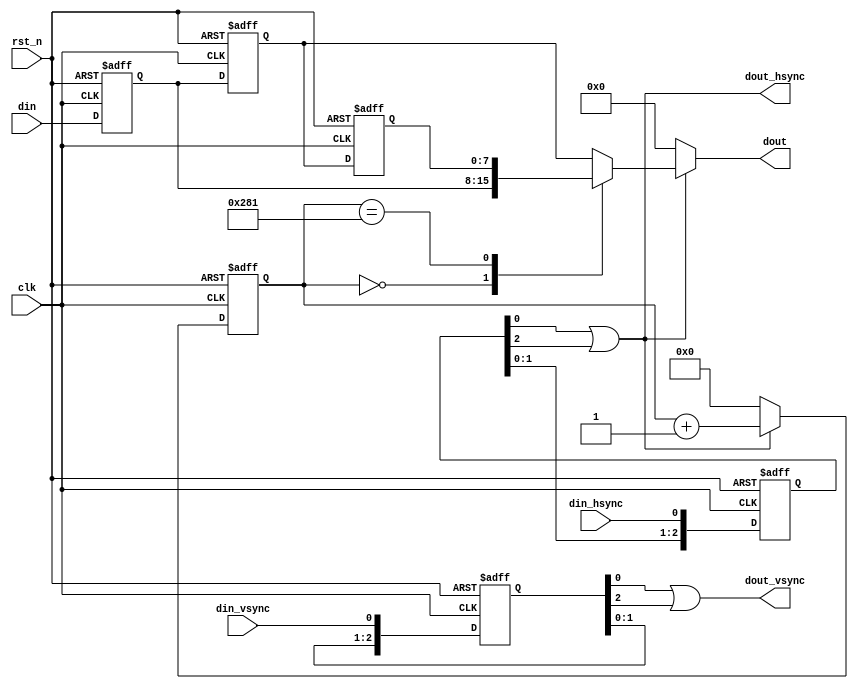
module bound_left_right_add(
	// 系统信号
	clk					,	// 时钟（clock）
	rst_n				,	// 复位（reset）
	
	// 输入信号
	din_vsync			,	// 输入数据场有效信号
	din_hsync			,	// 输入数据行有效信号
	din					,	// 输入数据（与 输入数据行有效信号 同步）
	
	// 输出信号
	dout_vsync			,	// 输出数据场有效信号（左右对齐，即场后肩、场前肩不变）
	dout_hsync			,	// 输出数据行有效信号（左对齐，即在行有效期右边扩充列）
	dout				 	// 输出数据（与 输出数据行有效信号 同步）
	);
	
	
	// *******************************************参数声明***************************************
	// 核参数
	parameter	KSZ				=	'd3					;	// 核尺寸（正方形核的边长）（kernel size）（可选择3,5,7）
	
	// 视频数据流参数
	parameter	DW				=	'd8					;	// 输入数据位宽
	parameter	IW				=	'd640				;	// 输入图像宽（image width）
	// ******************************************************************************************
	
	
	// *******************************************端口声明***************************************
	// 系统信号c
	input						clk						;	// 时钟（clock）
	input						rst_n					;	// 复位（reset）
	
	// 输入信号
	input						din_vsync				;	// 输入数据场有效信号
	input						din_hsync				;	// 输入数据行有效信号
	input		[DW-1:0]		din						;	// 输入数据（与 输入数据行有效信号 同步）
	
	// 输出信号
	output						dout_vsync				;	// 输出数据场有效信号（左右对齐，即场后肩、场前肩不变）
	output						dout_hsync				;	// 输出数据行有效信号（左对齐，即在行有效期右边扩充列）
	output	reg	[DW-1:0]		dout					; 	// 输出数据（与 输出数据行有效信号 同步）
	// *******************************************************************************************
	
	
	// *****************************************内部信号声明**************************************
	// 输入信号 打拍
	reg		[KSZ-1:0]			din_vsync_r_arr			;	// 输入场同步信号 打 KSZ 拍
	reg		[KSZ-1:0]			din_hsync_r_arr			;	// 输入行同步信号 打 KSZ 拍
	reg		[DW-1:0]			din_r_arr[0:KSZ-1]		;	// 输入数据信号 打 KSZ 拍
	
	// for循环计数
	integer						i						;	// for循环计数
	
	// 输出行显示期的时钟周期计数
	reg		[13:0]				cnt_hs					;	// 输出行显示期的时钟周期计数
	// *******************************************************************************************
	
	
	// 输入场同步信号、行同步信号、输入有效数据信号 打 KSZ 拍
	always @(posedge clk, negedge rst_n)
	begin
		if(!rst_n)
		begin
			for(i=0; i<KSZ; i=i+1)
			begin
				din_vsync_r_arr[i] <= 1'b0;
				din_hsync_r_arr[i] <= 1'b0;
				din_r_arr[i] <= 1'b0;
			end
		end
		else
		begin
			din_vsync_r_arr[0] <= din_vsync;
			din_hsync_r_arr[0] <= din_hsync;
			din_r_arr[0] <= din;
			for(i=1; i<KSZ; i=i+1)
			begin
				din_vsync_r_arr[i] <= din_vsync_r_arr[i-1];
				din_hsync_r_arr[i] <= din_hsync_r_arr[i-1];
				din_r_arr[i] <= din_r_arr[i-1] ;
			end
		end
	end
	
	
	// 输出行有效信号（与输入行有效信号左对齐）
	assign	dout_hsync	=	din_hsync_r_arr[0] | din_hsync_r_arr[ KSZ-1'b1 ]	;	// 需要在左右共补充（KSZ-1）个
	
	
	// 输出场有效信号（与输入场有效信号左右对齐）
	assign	dout_vsync	=	din_vsync_r_arr[0] | din_vsync_r_arr[ KSZ-1'b1 ]	;
	
	
	// 输出行显示期的时钟周期计数
	always @(posedge clk, negedge rst_n)
	begin
		if(!rst_n)
			cnt_hs <= 1'b0;
		else if(dout_hsync) // 输出行显示期间，对时钟继续计数
			cnt_hs <= cnt_hs + 1'b1;
		else
			cnt_hs <= 1'b0;
	end
	
	
	// 输出数据
	generate
	begin: col_add
		
		if(KSZ == 3)
		begin: col_add_ksz_3
			always @(*)
			begin
				if(dout_hsync)
				begin
					case(cnt_hs)
						'd0		:	dout = din_r_arr[0];
						IW+1'b1	:	dout = din_r_arr[2];
						default	:	dout = din_r_arr[1];
					endcase
				end
				else
					dout = 1'b0;
			end
		end
		
		else if(KSZ == 5)
		begin: col_add_ksz_5
			always @(*)
			begin
				if(dout_hsync)
				begin
					case(cnt_hs)
						'd0		:	dout = din_r_arr[0];
						'd1		:	dout = din_r_arr[1];
						IW+'d2	:	dout = din_r_arr[3];
						IW+'d3	:	dout = din_r_arr[4];
						default	:	dout = din_r_arr[2];
					endcase
				end
				else
					dout = 1'b0;
			end
		end
		
		else if(KSZ == 7)
		begin: col_add_ksz_7
			always @(*)
			begin
				if(dout_hsync)
				begin
					case(cnt_hs)
						'd0		:	dout = din_r_arr[0];
						'd1		:	dout = din_r_arr[1];
						'd2		:	dout = din_r_arr[2];
						IW+'d3	:	dout = din_r_arr[4];
						IW+'d4	:	dout = din_r_arr[5];
						IW+'d5	:	dout = din_r_arr[6];
						default	:	dout = din_r_arr[3];
					endcase
				end
				else
					dout = 1'b0;
			end
		end
		
	end
	endgenerate
	
	
endmodule